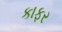
કાફર